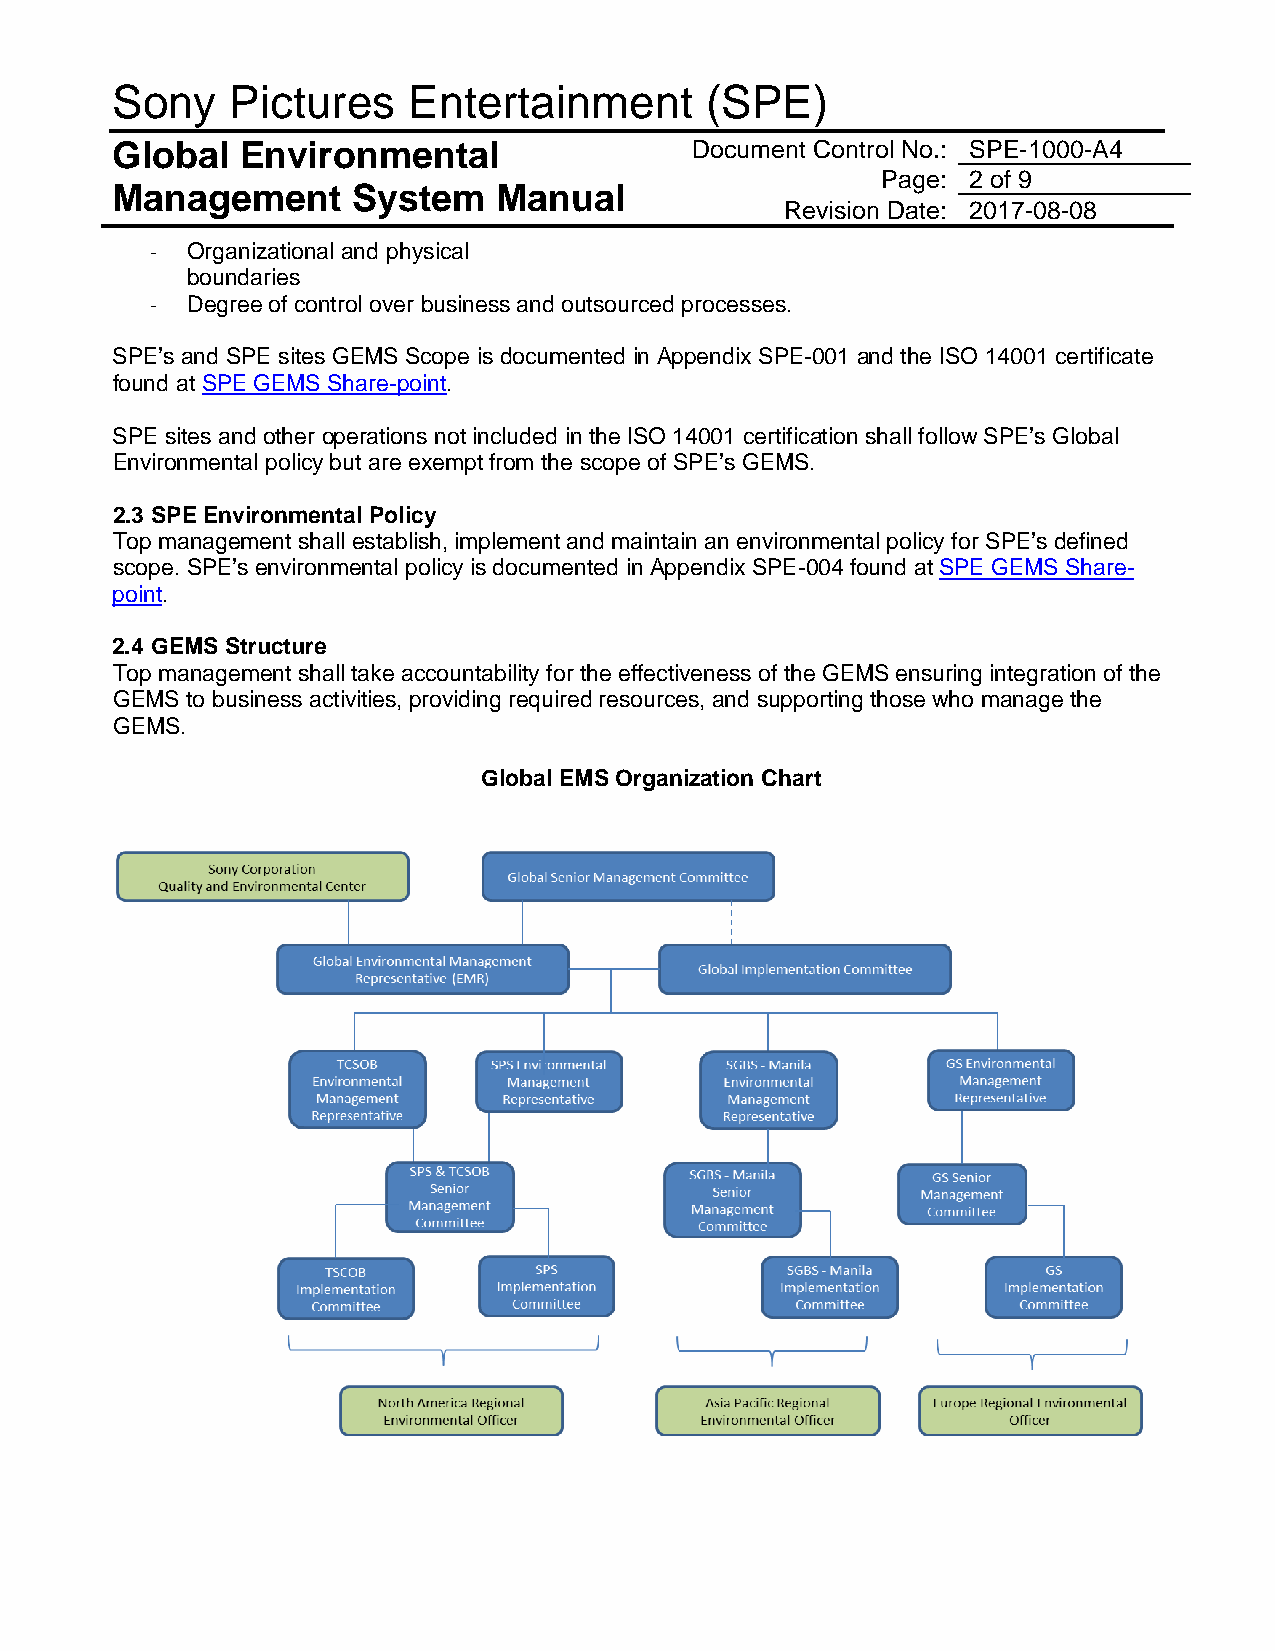
Sony    Pictures    Entertainment       (SPE)
 Global   Environmental                 Document Control No.: SPE-1000-A4
 Page: 2 of 9
 Management      System    Manual
 Revision Date: 2017-08-08
 - Organizational and physical
 boundaries
 - Degree of control over business and outsourced processes.
 SPE’s and SPE sites GEMS Scope is documented in Appendix SPE-001 and the ISO 14001 certificate
 found at SPE GEMS Share-point.
 SPE sites and other operations not included in the ISO 14001 certification shall follow SPE’s Global
 Environmental policy but are exempt from the scope of SPE’s GEMS.
 2.3 SPE Environmental Policy
 Top management shall establish, implement and maintain an environmental policy for SPE’s defined
 scope. SPE’s environmental policy is documented in Appendix SPE-004 found at SPE GEMS Share-
 point.
 2.4 GEMS Structure
 Top management shall take accountability for the effectiveness of the GEMS ensuring integration of the
 GEMS to business activities, providing required resources, and supporting those who manage the
 GEMS.
 Global EMS Organization Chart